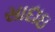
સાદાઇ